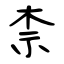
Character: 柰